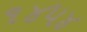
૧૪૫૪